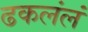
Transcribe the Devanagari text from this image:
ढकलंलं